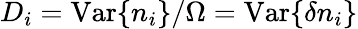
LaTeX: D_{i}=\mathrm{Var}\{ n_{i}\} /\Omega=\mathrm{Var}\{ \delta n_{i}\}